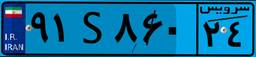
۹۷S۷۰۶۲۰